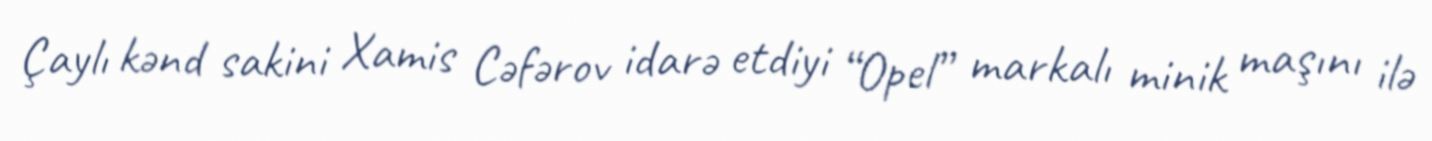
Çaylı kənd sakini Xamis Cəfərov idarə etdiyi “Opel” markalı minik maşını ilə